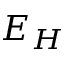
E _ { H }